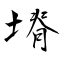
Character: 塉